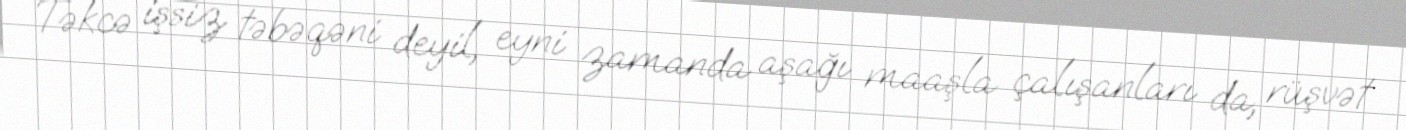
Təkcə işsiz təbəqəni deyil, eyni zamanda aşağı maaşla çalışanları da, rüşvət